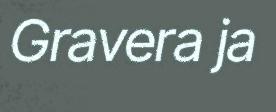
Gravera ja